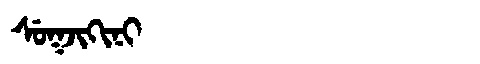
Manchu: ᠰᡠᡴᠵᡳᡴᡳᠨᡳ
Romanization: SUKJIKINI